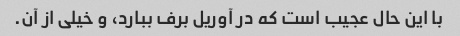
با این حال عجیب است که در آوریل برف ببارد، و خیلی از آن.